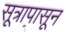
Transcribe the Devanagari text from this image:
सूत्रापासून